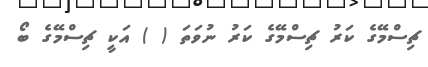
ޗިސްމޭގެ ކަރު ޗިސްމޭގެ ކަރު ނުވަތަ ( ) އަކީ ޗިސްމޭގެ ބޯ